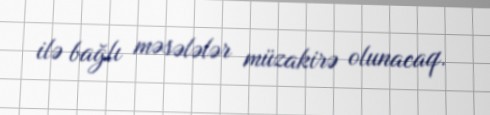
ilə bağlı məsələlər müzakirə olunacaq.